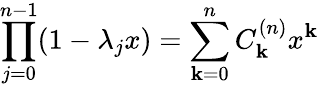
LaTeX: \prod_{j=0}^{n-1}(1-\lambda_{j}x)=\sum_{\mathbf{k}=0}^{n}C_{\mathbf{k}}^{(n)}x^{\mathbf{k}}